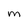
Character: m